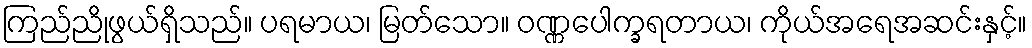
ကြည်ညိုဖွယ်ရှိသည်။ ပရမာယ၊ မြတ်သော။ ဝဏ္ဏပေါက္ခရတာယ၊ ကိုယ်အရေအဆင်းနှင့်။